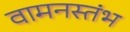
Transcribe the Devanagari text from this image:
वामनस्तंभ